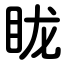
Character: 眬